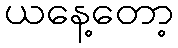
ယနေ့တော့